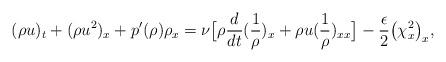
LaTeX: \begin{align*} (\rho u)_t+(\rho u^2)_x+p'(\rho)\rho_x=\nu\big[\rho\frac{d}{dt}(\frac{1}{\rho})_x+\rho u(\frac{1}{\rho})_{xx}\big]-\frac{\epsilon}{2}\big(\chi_x^2\big)_x,\end{align*}